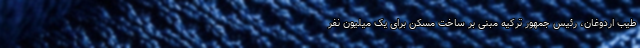
طیب اردوغان، رئیس جمهور ترکیه مبنی بر ساخت مسکن برای یک میلیون نفر